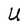
Character: U